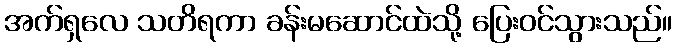
အက်ရှလေ သတိရကာ ခန်းမဆောင်ထဲသို့ ပြေးဝင်သွားသည်။